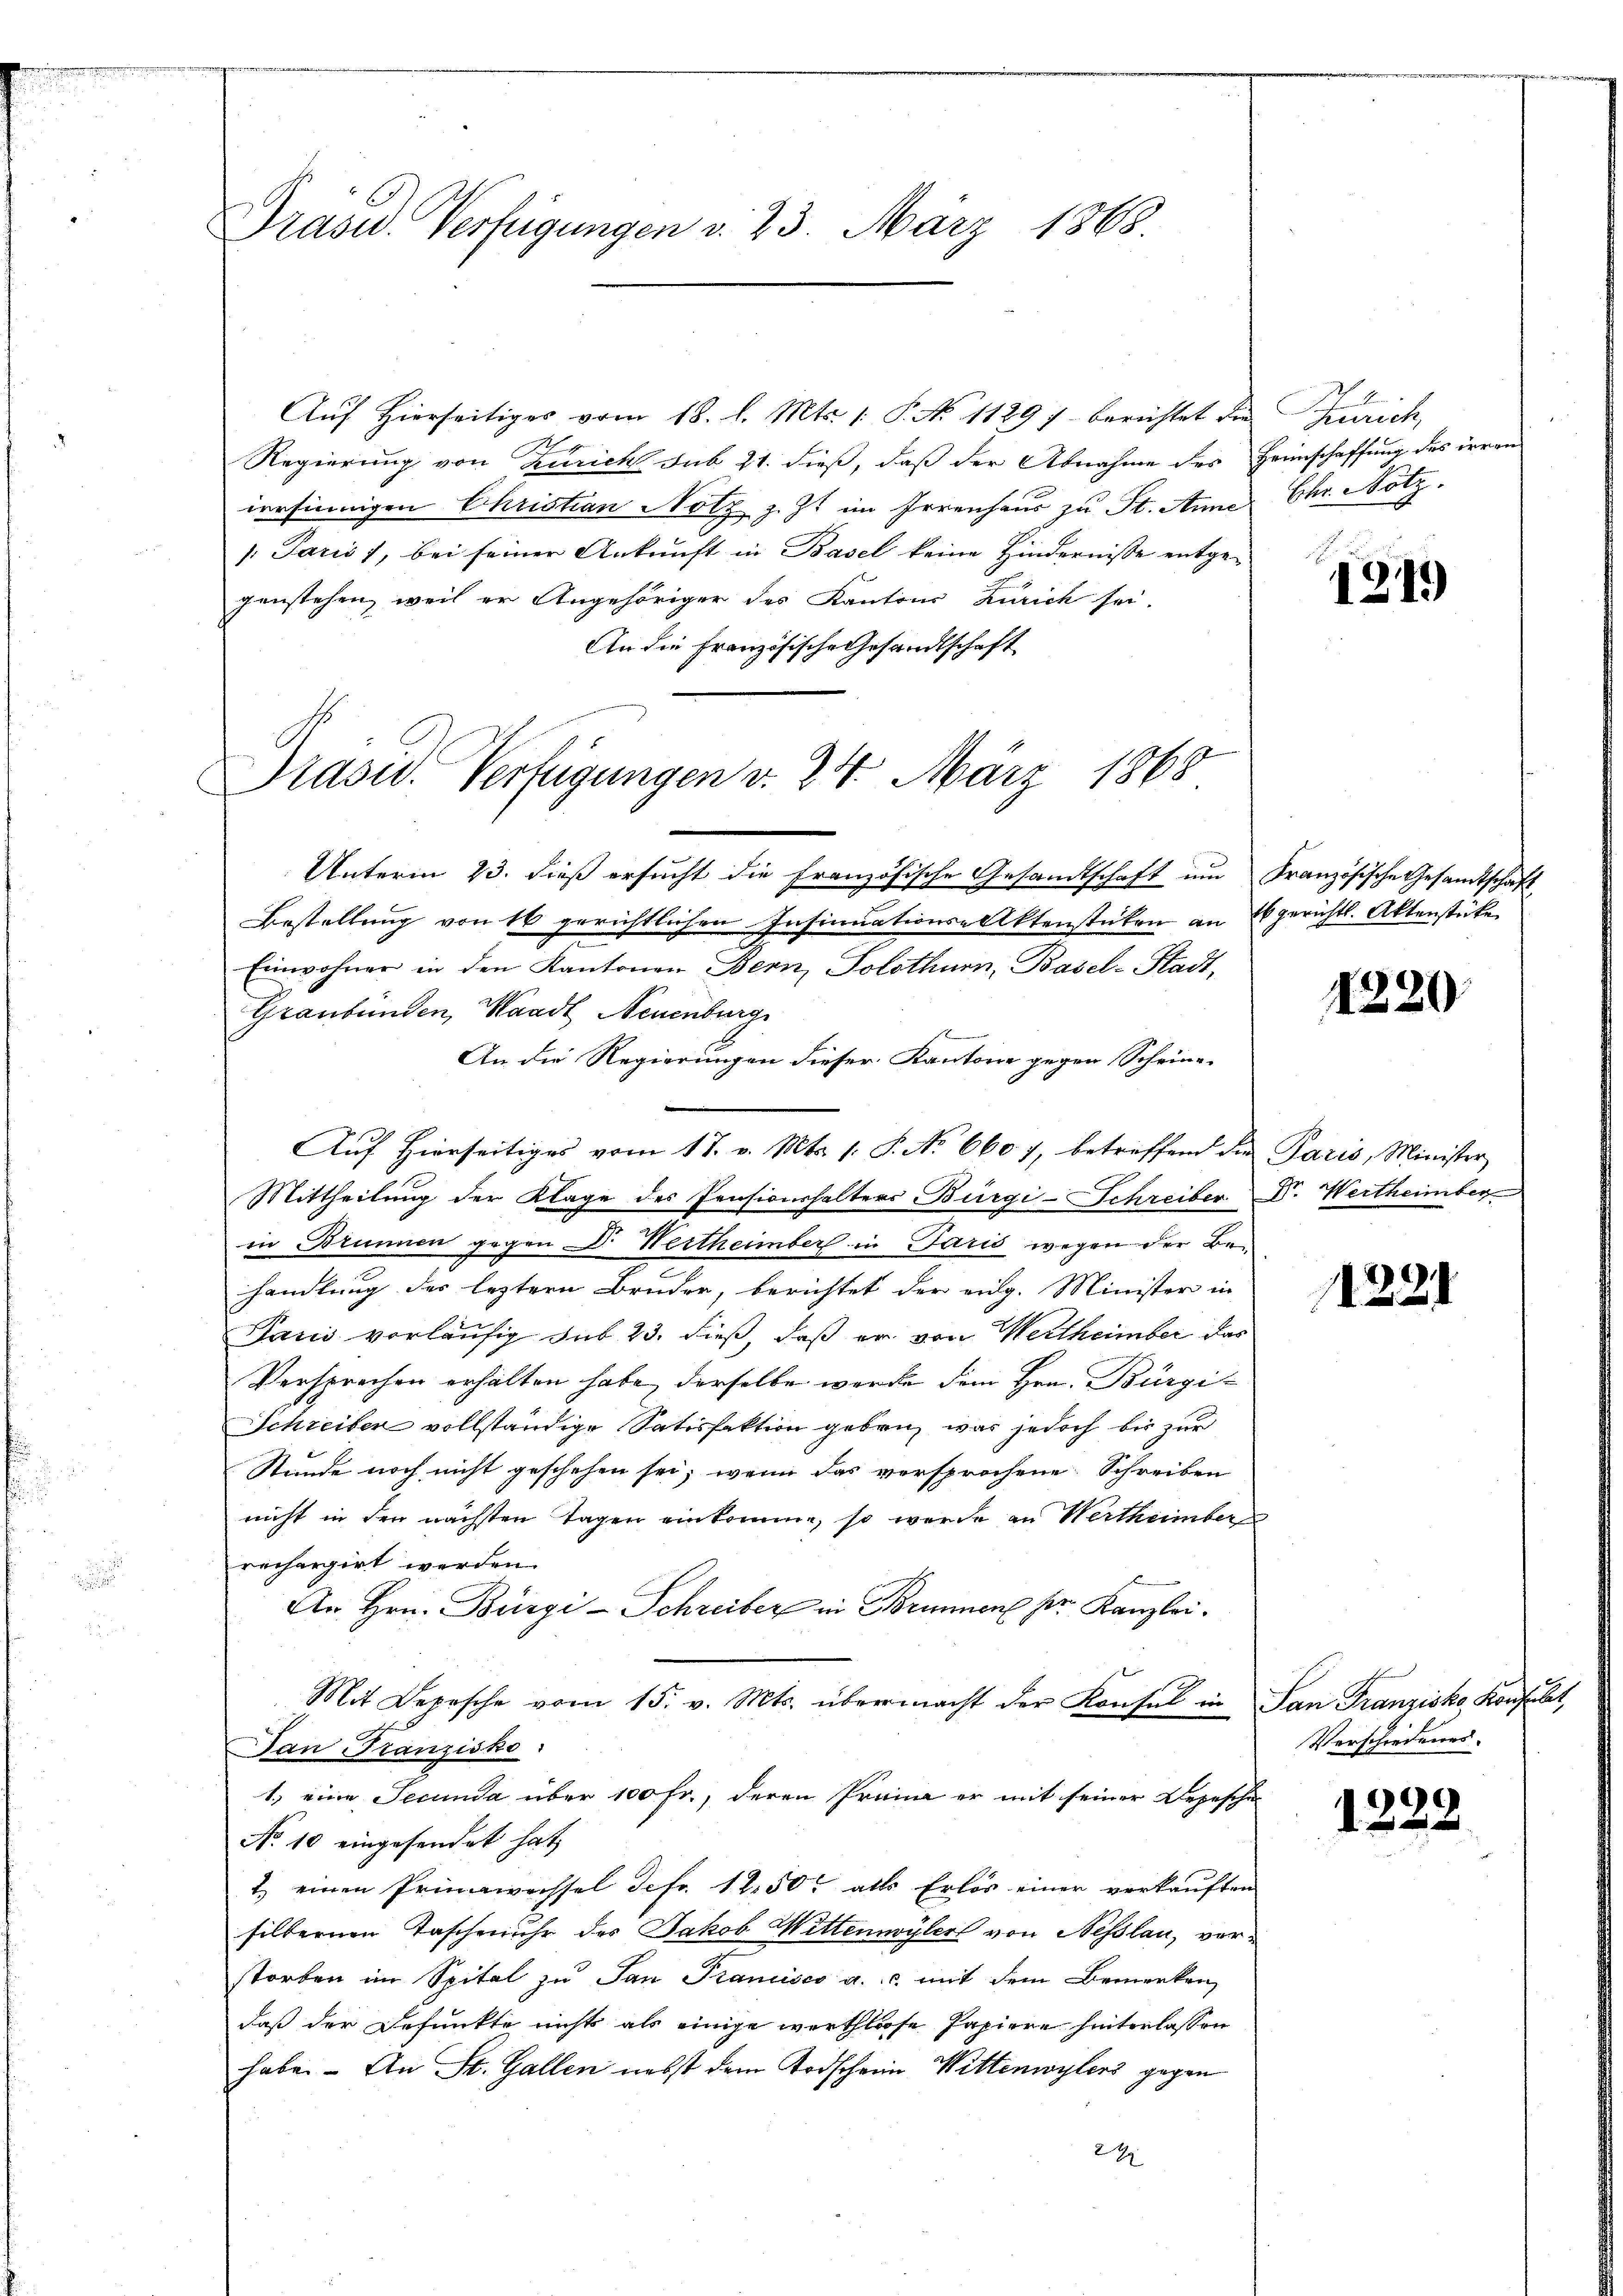
Präver Verfügungen d. 23. März 1868.

Prase. Verfügungen v. 24. März 1868

Aŭf Hierseitiges vom 18. l. Mts. 1. P. No 1129) berichtet die Zürich,
Regierung von Zürich sub 21. dieß, daß der Abnahme des Heimschaffung des irren
irrsinnigen Christian Notz z. Zt. im Irrenhaus zu St. Anna Chr. Notz.
/. Paris 1, bei seiner Ankunft in Basel keine Hindernisse entgegenstehen, weil er Angehöriger des Kantons Zürich sei.
An die Französische Gesandtschaft
Unterm 23. dieß ersucht die französische Gesandtschaft um Französische Gesandtschaft
Bestellung von 16 gerichtlichen Insinuations-Aktenstücken an Egerichtl. Aktenstücke
Einwohner in den Kantonen Bern, Solothurn, Basel-Stadt,
Graubünden, Waadt Neuenburg
An die Regierungen dieser Kantone gegen Scheine
Auf Hierseitiges vom 17. v. Mts. 1. P. No 660 7, betreffend die Paris, Minister
Mittheilung der Klage des Pensionshalters Bürgi-Schreiber
in Brunnen gegen Dr. Wertheimber in Paris wegen der Besamlung des leztern Bruder, berichtet der eidg. Minister in
Jašić vorläufig sub 23. dieß, daß er von Wertheimber das
Versprochen erhalten habe, derselbe werde dem Hrn. Bürgi-
Schreiben vollständige Satisfaktion geben, was jedoch bis zur
Stunde noch nicht geschehen sei; wenn das versprochene Schreiben
nicht in den nächsten Tagen einkomme, so wurde an Werthümber
rechargirt werden.
An Hrn. Bürgi-Schreiber in Brunnen pr. Kanzlei.
Mit Depesche vom 15. v. Mts. übermacht der Konsul in
Dan Franzisko
1.) eine Secunda über 100 Fr., deren Prima er mit seiner Depesche
No 10 eingesendet hat,
1.) einen Prinawassel defr. 1250. alls Erlös einer verkauften
silbernen Taschenuhr des Jakob Wittenwyler von Neßlau, vorstorben im Spital zu San Francisco a. c. mit dem Bemerken
daß der Befunkte nichts als einige werthlose Papiere hinterlassen
habe. - An St. Gallen nebst dem Todscheine Wittenwylers gegen
24

1
1319

1320

Dr. Wertheimber

1228

San Franzisko Konsulat
Verschiedenes.

1222.